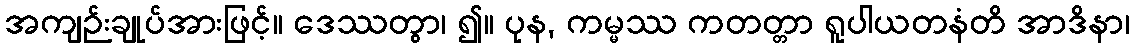
အကျဉ်းချုပ်အားဖြင့်။ ဒေဿတွာ၊ ၍။ ပုန, ကမ္မဿ ကတတ္တာ ရူပါယတနံတိ အာဒိနာ၊